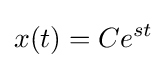
x(t)=Ce^{st}